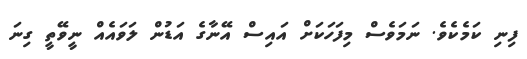
ފިނި ކަމެކެވެ. ނަމަވެސް މިފަހަކަށް އައިސް އޭނާގެ އަޑުން ލަވައެއް ނީވޭތީ ގިނަ